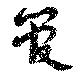
管